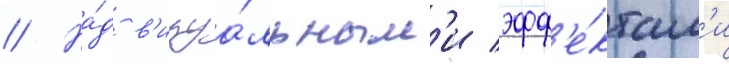
// На́д в'изуа́льным'и эфф'е́ктам'и